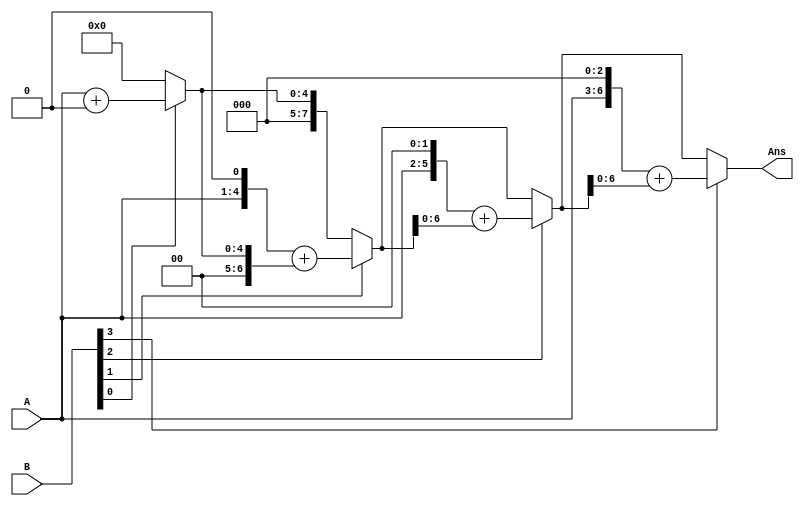
module Multiplier(A,B,Ans);
	
	input [3:0] A,B;
	output reg [7:0] Ans;
	integer i;
	reg [6:0] NumA;
	
	always@(A,B)
	begin
		Ans=8'd0;
		//Through B
		for(i=0;i<=3;i=i+1)
		begin
			if(B[i]==1)
			begin
				NumA=A<<i;
				{Ans[7],Ans[6:0]}=NumA+Ans[6:0];
			end
		end
	end
endmodule

/*
module Multiplier(A,B,Ans);
	
	input [3:0] A,B;
	output [7:0] Ans;
	
	reg [6:0]X,Y,Z,W;
	wire [6:0]temp1,temp2;
	wire [2:0]c;
	
	always@*
	begin
		if(B[0]==1)
		begin
			X={3'd0,A};
		end
		else X=7'd0;
		if(B[1]==1)
		begin
			Y={3'd0,A}<<1;
		end
		else Y=7'd0;
		if(B[2]==1)
		begin
			Z={3'd0,A}<<2;
		end
		else Z=7'd0;
		if(B[3]==1)
		begin
			W={3'd0,A}<<3;
		end
		else W=7'd0;
	end
	FullAdder FA0(X,Y,temp1,c[0]);
	FullAdder FA1(temp1,Z,temp2,c[1]);
	FullAdder FA2(temp2,W,Ans[6:0],Ans[7]);
	
endmodule

//7 bit full adder
module FullAdder(A,B,Sum,carry);
	input [6:0] A,B;
	output reg [6:0]Sum;
	output reg carry;
	
	always@*
	begin
	{carry,Sum}=A+B;
	end
	
endmodule*/